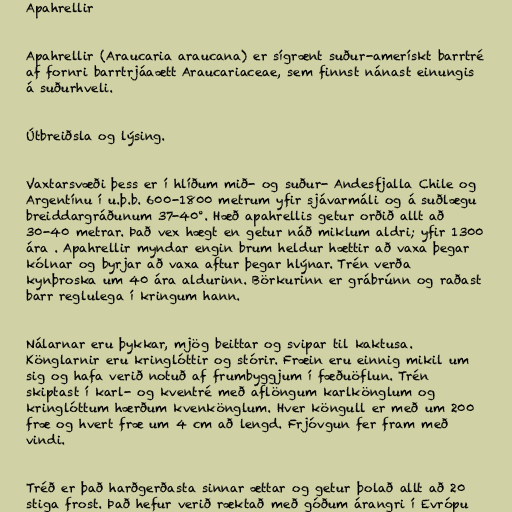
Apahrellir

Apahrellir (Araucaria araucana) er sígrænt suður-amerískt barrtré
af fornri barrtrjáaætt Araucariaceae, sem finnst nánast einungis
á suðurhveli.

Útbreiðsla og lýsing.

Vaxtarsvæði þess er í hlíðum mið- og suður- Andesfjalla Chile og
Argentínu í u.þ.b. 600-1800 metrum yfir sjávarmáli og á suðlægu
breiddargráðunum 37-40°. Hæð apahrellis getur orðið allt að
30-40 metrar. Það vex hægt en getur náð miklum aldri; yfir 1300
ára . Apahrellir myndar engin brum heldur hættir að vaxa þegar
kólnar og byrjar að vaxa aftur þegar hlýnar. Trén verða
kynþroska um 40 ára aldurinn. Börkurinn er grábrúnn og raðast
barr reglulega í kringum hann.

Nálarnar eru þykkar, mjög beittar og svipar til kaktusa.
Könglarnir eru kringlóttir og stórir. Fræin eru einnig mikil um
sig og hafa verið notuð af frumbyggjum í fæðuöflun. Trén
skiptast í karl- og kventré með aflöngum karlkönglum og
kringlóttum hærðum kvenkönglum. Hver köngull er með um 200
fræ og hvert fræ um 4 cm að lengd. Frjóvgun fer fram með
vindi.

Tréð er það harðgerðasta sinnar ættar og getur þolað allt að 20
stiga frost. Það hefur verið ræktað með góðum árangri í Evrópu